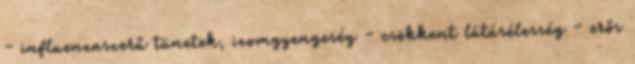
- influenzaszerű tünetek, izomgyengeség - csökkent látásélesség - erős